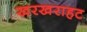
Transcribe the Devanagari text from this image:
खरखराहट